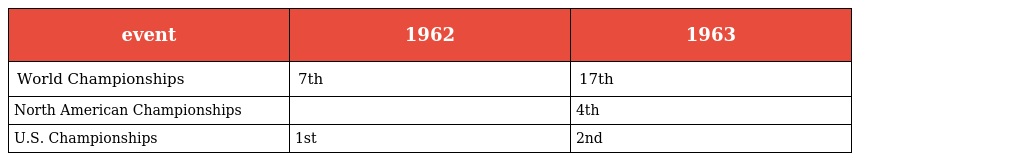
| event | 1962 | 1963 |
 | --- | --- | --- |
 | World Championships | 7th | 17th |
 | North American Championships |  | 4th |
 | U.S. Championships | 1st | 2nd |